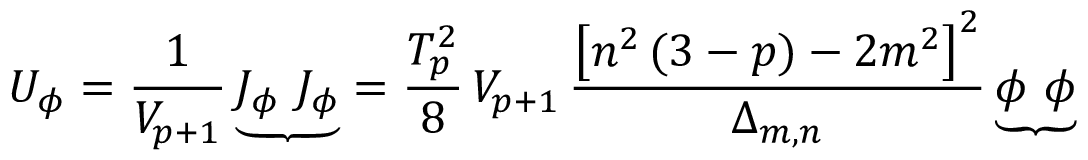
U _ { \phi } = \frac { 1 } { V _ { p + 1 } } \, { \underbrace { J _ { \phi } ~ J _ { \phi } } } = \frac { T _ { p } ^ { 2 } } { 8 } \, V _ { p + 1 } \, \frac { \left[ n ^ { 2 } \, ( 3 - p ) - 2 m ^ { 2 } \right] ^ { 2 } } { \Delta _ { m , n } } \, { \underbrace { \phi ~ \phi } }